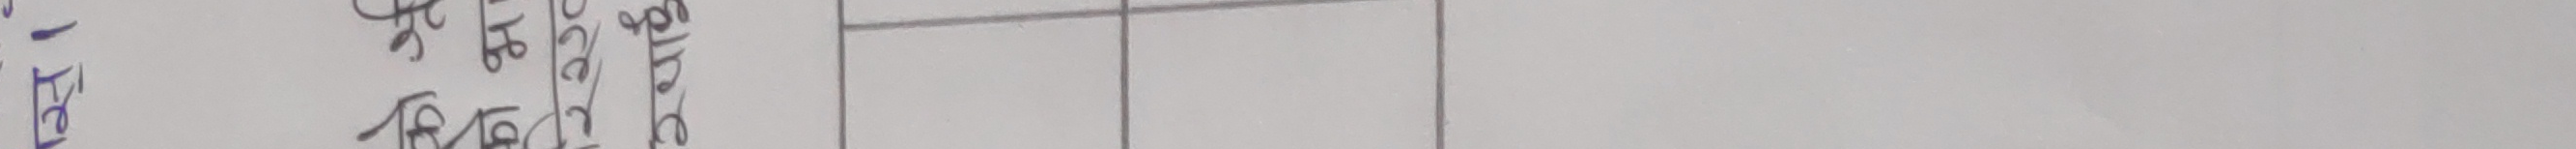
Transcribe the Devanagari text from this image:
फ्रि-१
भोलि २८ २०७९